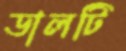
ডালটি